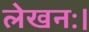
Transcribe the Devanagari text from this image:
लेखनः।